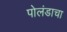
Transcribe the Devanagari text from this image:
पोलंडाचा